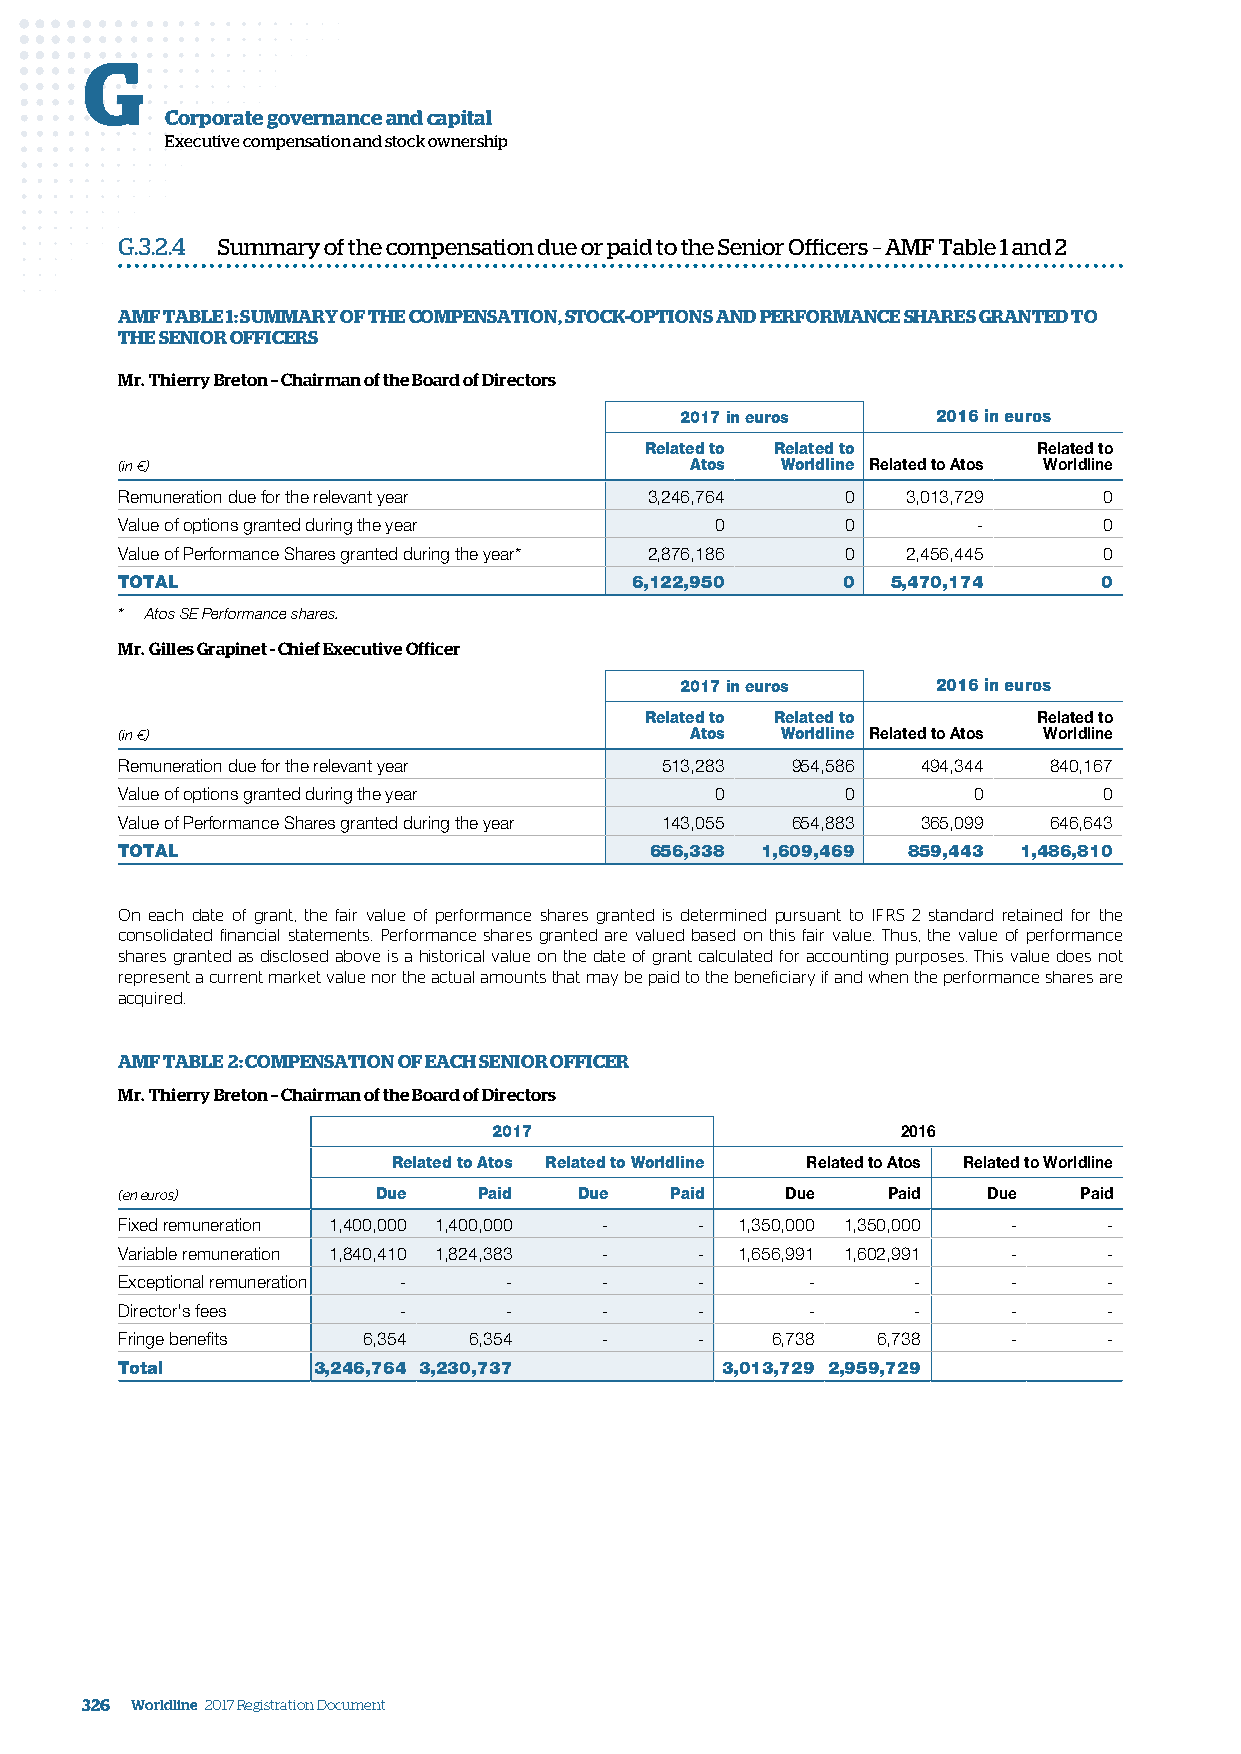
G
 Corporate governance and capital
 Executive compensation and stock ownership
 G.3.2.4 Summary of the compensation due or paid to the Senior Officers – AMF Table 1 and 2
 AMF TABLE 1: SUMMARY OF THE COMPENSATION, STOCK-OPTIONS AND PERFORMANCE SHARES GRANTED TO
 THE SENIOR OFFICERS
 Mr. Thierry Breton – Chairman of the Board of Directors
 2017 in euros    2016 in euros
 Related to Related to     Related to
 (in €)                                Atos  Worldline Related to Atos Worldline
 Remuneration due for the relevant year 3,246,764 0  3,013,729    0
 Value of options granted during the year 0      0        -       0
 Value of Performance Shares granted during the year* 2,876,186 0 2,456,445 0
 TOTAL                             6,122,950     0  5,470,174     0
 * Atos SE Performance shares.
 Mr. Gilles Grapinet - Chief Executive Officer
 2017 in euros    2016 in euros
 Related to Related to     Related to
 (in €)                                Atos  Worldline Related to Atos Worldline
 Remuneration due for the relevant year 513,283 954,586 494,344 840,167
 Value of options granted during the year 0      0       0        0
 Value of Performance Shares granted during the year 143,055 654,883 365,099 646,643
 TOTAL                              656,338 1,609,469 859,443 1,486,810
 On each date of grant, the fair value of performance shares granted is determined pursuant to IFRS 2 standard retained for the
 consolidated financial statements. Performance shares granted are valued based on this fair value. Thus, the value of performance
 shares granted as disclosed above is a historical value on the date of grant calculated for accounting purposes. This value does not
 represent a current market value nor the actual amounts that may be paid to the beneficiary if and when the performance shares are
 acquired.
 AMF TABLE 2: COMPENSATION OF EACH SENIOR OFFICER
 Mr. Thierry Breton – Chairman of the Board of Directors
 2017                       2016
 Related to Atos Related to Worldline Related to Atos Related to Worldline
 (en euros)       Due    Paid  Due   Paid    Due    Paid  Due   Paid
 Fixed remuneration 1,400,000 1,400,000 - - 1,350,000 1,350,000 - -
 Variable remuneration 1,840,410 1,824,383 - - 1,656,991 1,602,991 - -
 Exceptional remuneration - -    -     -       -     -      -     -
 Director's fees   -      -      -     -       -     -      -     -
 Fringe benefits 6,354  6,354    -     -    6,738  6,738    -     -
 Total        3,246,764 3,230,737        3,013,729 2,959,729
 326 Worldline 2017 Registration Document